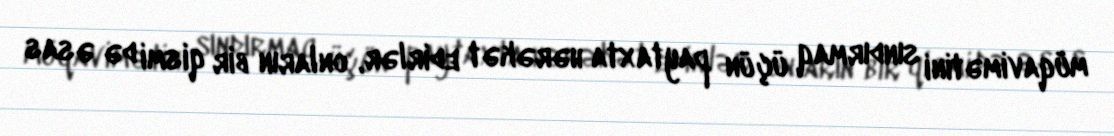
müqavimətini sındırmaq üçün paytaxta hərəkət edirlər, onların bir qismi də əsas